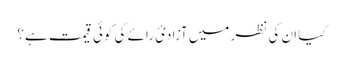
کیا ان کی نظر میں آزادیٔ رائے کی کوئی قیمت ہے؟